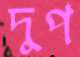
দুপ